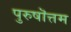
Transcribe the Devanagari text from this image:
पुरुषॊत्तम